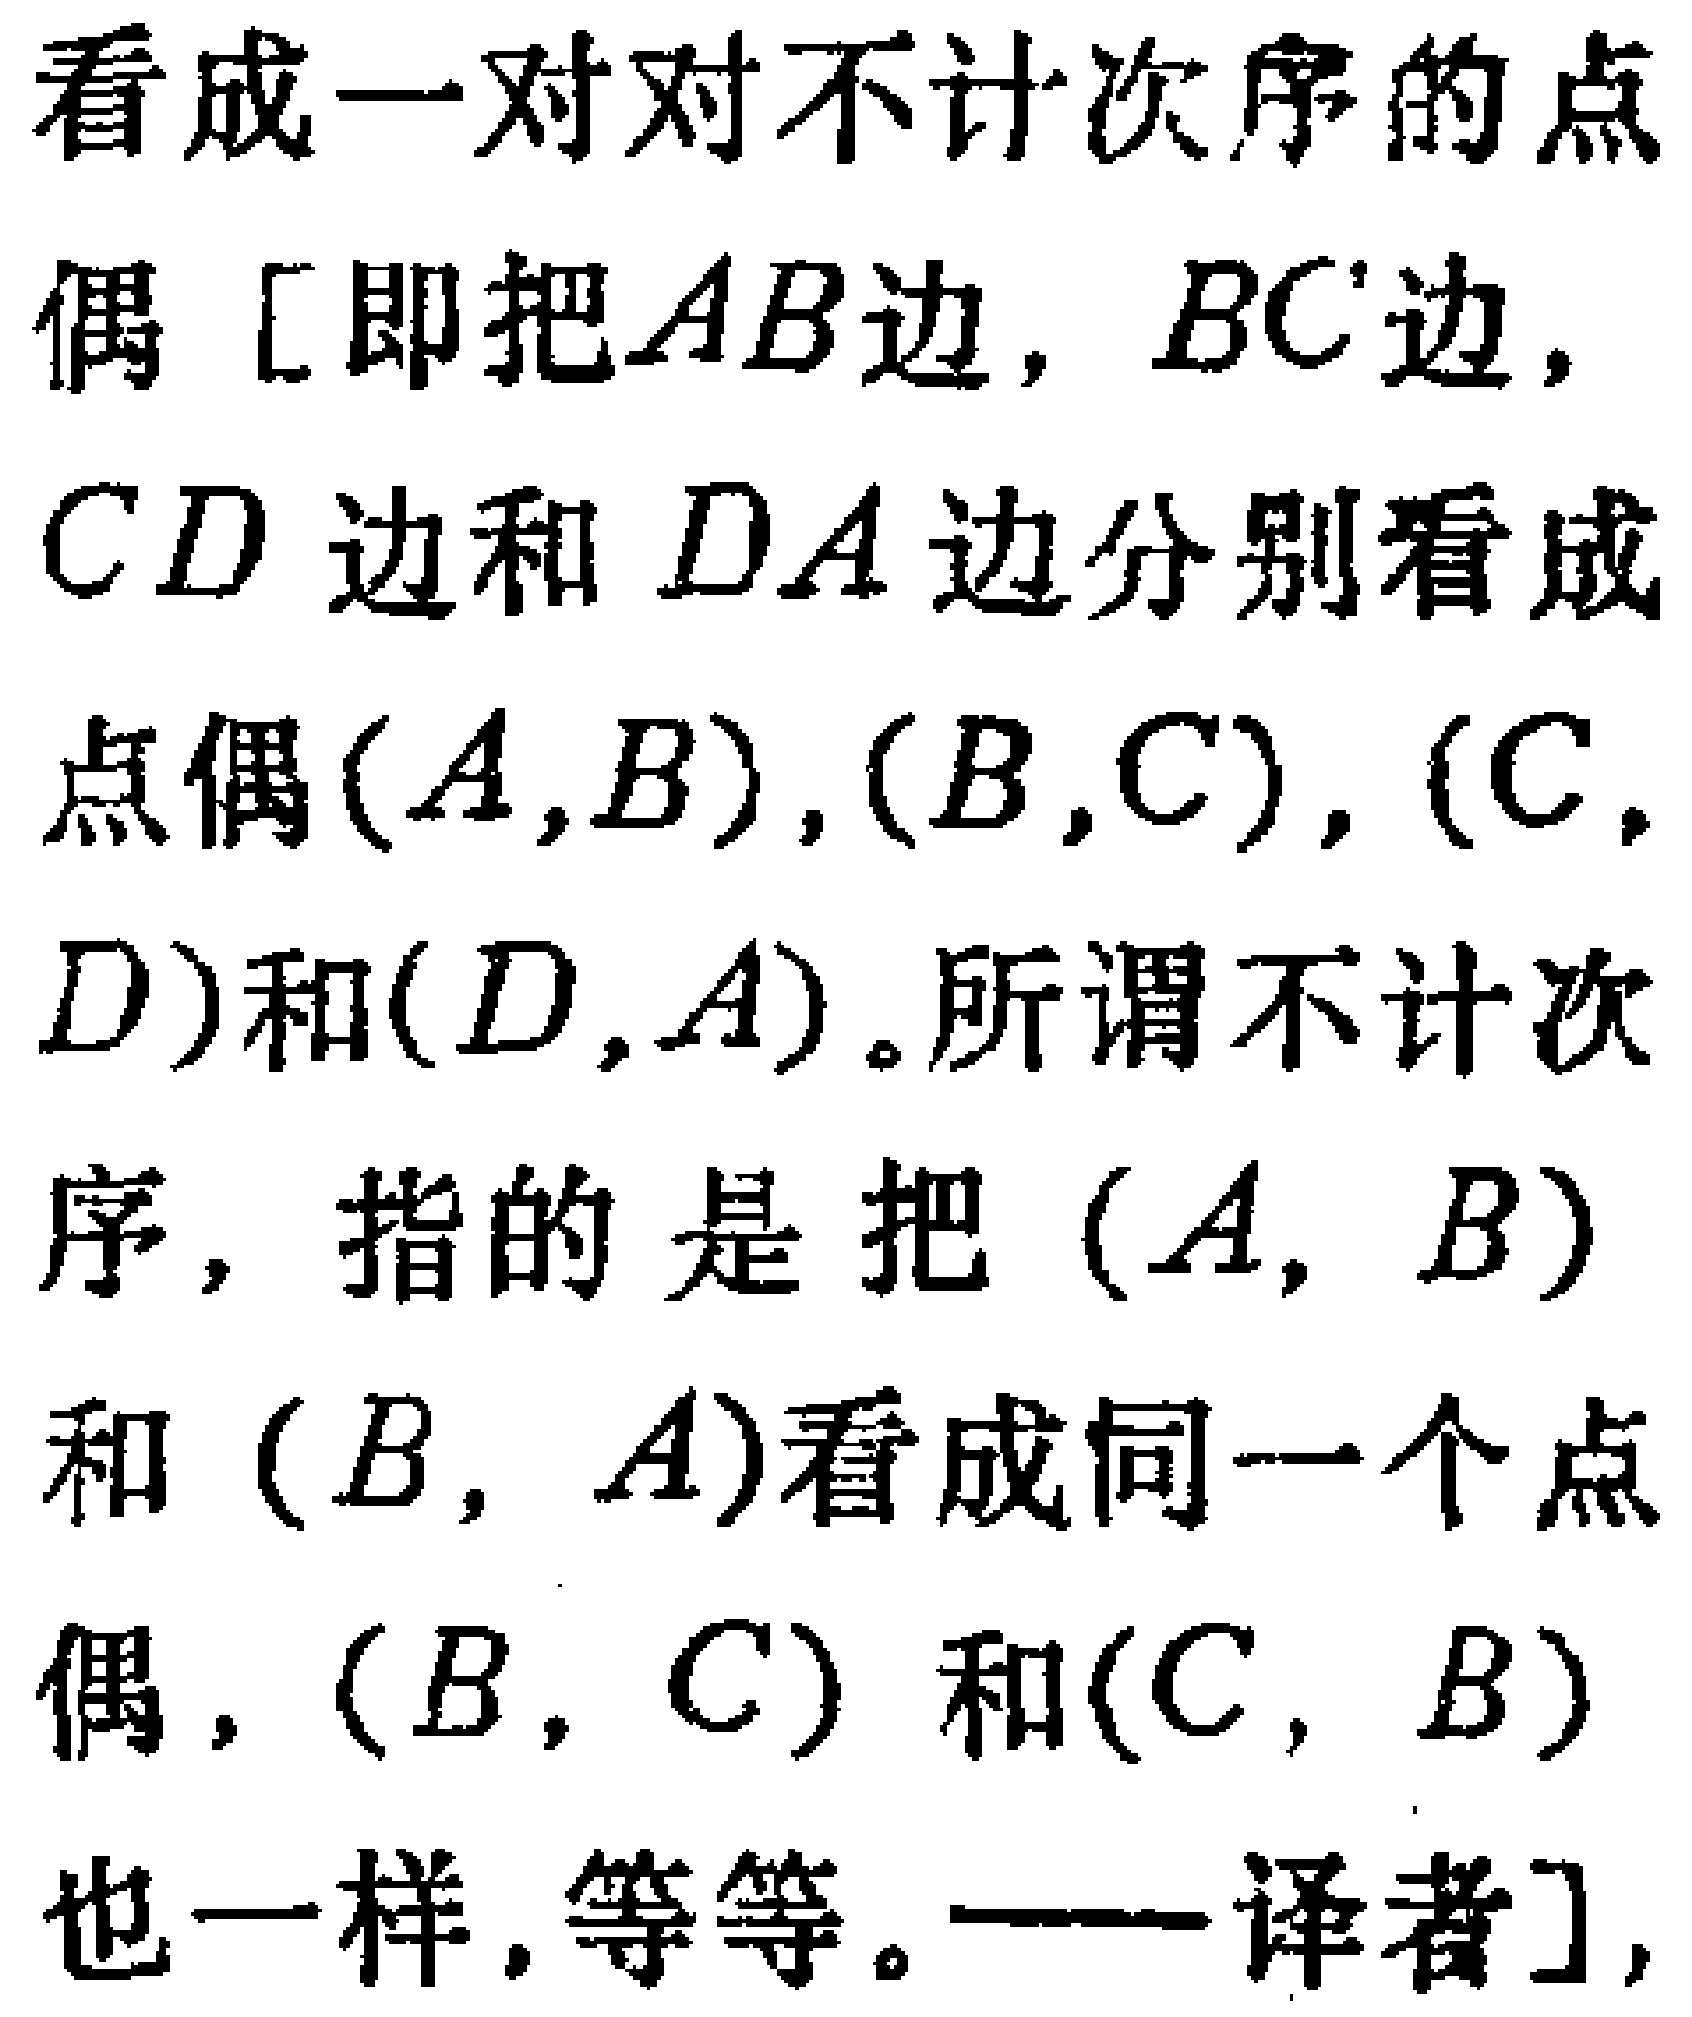
看成一对对不计次序的点

偶 [即把$AB$边，$BC$边，

$CD$ 边和 $DA$边分别看成

点偶$(A,B),(B,C),(C,$

$D)$和$(D,A)$。所谓不计次

序，指的是把 $(A, B)$

和 $(B, A)$看成同一个点

偶，$(B, C)$ 和$(C, B)$

也一样，等等。——译者]，